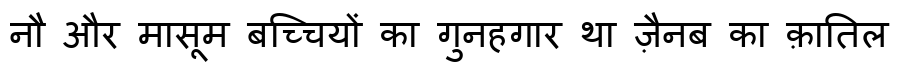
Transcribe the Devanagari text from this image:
नौ और मासूम बच्चियों का गुनहगार था ज़ैनब का क़ातिल